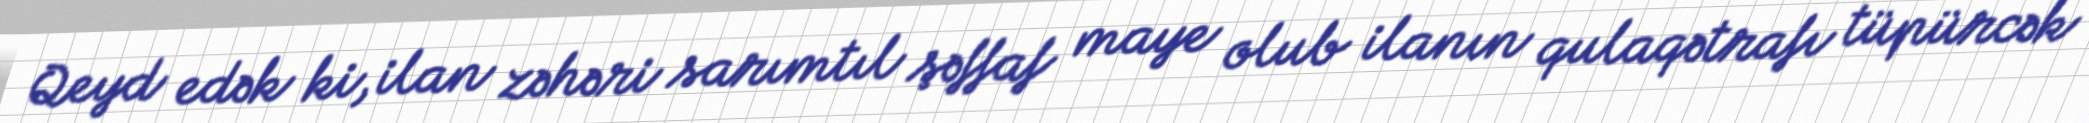
Qeyd edək ki, ilan zəhəri sarımtıl şəffaf maye olub ilanın qulaqətrafı tüpürcək